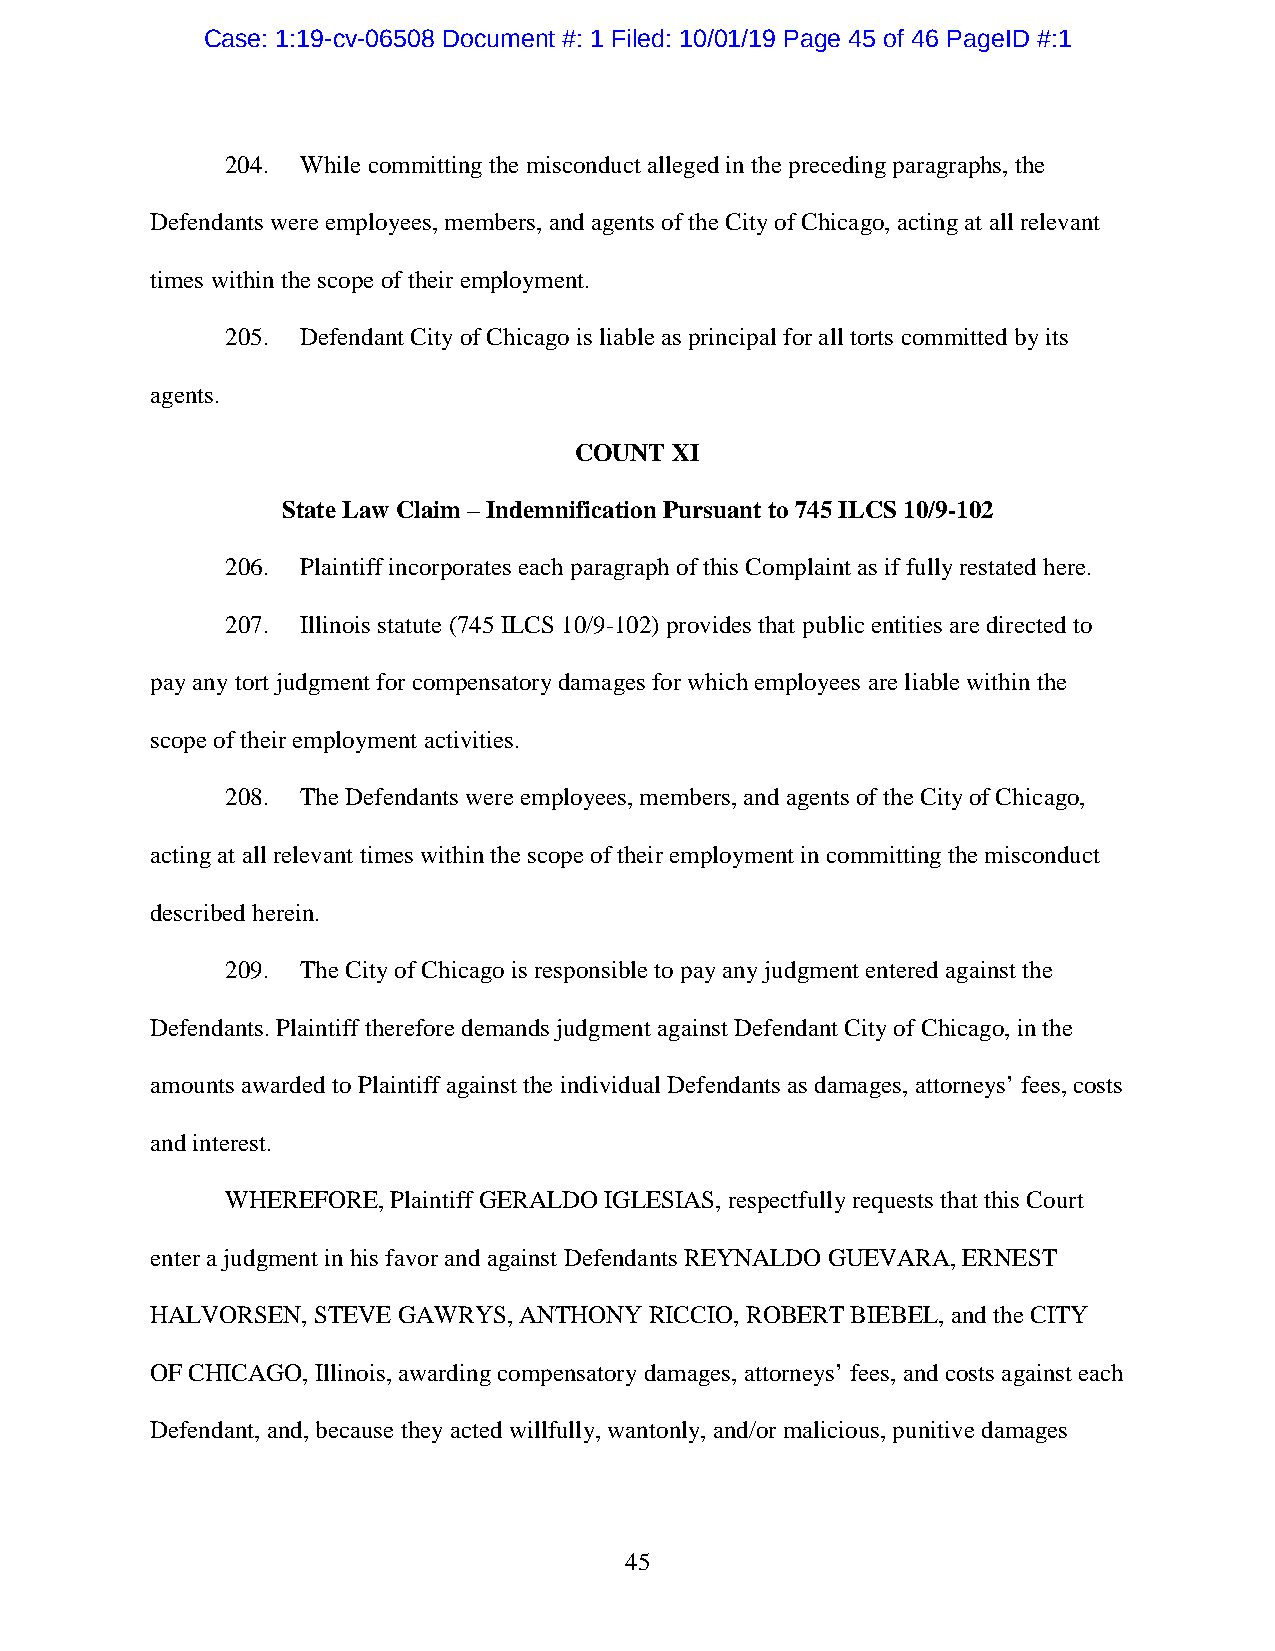
Case: 1:19-cv-06508 Document #: 1 Filed: 10/01/19 Page 45 of 46 PageID #:1
 204. While committing the misconduct alleged in the preceding paragraphs, the
 Defendants were employees, members, and agents of the City of Chicago, acting at all relevant
 times within the scope of their employment.
 205. Defendant City of Chicago is liable as principal for all torts committed by its
 agents.
 COUNT XI
 State Law Claim – Indemnification Pursuant to 745 ILCS 10/9-102
 206. Plaintiff incorporates each paragraph of this Complaint as if fully restated here.
 207. Illinois statute (745 ILCS 10/9-102) provides that public entities are directed to
 pay any tort judgment for compensatory damages for which employees are liable within the
 scope of their employment activities.
 208. The Defendants were employees, members, and agents of the City of Chicago,
 acting at all relevant times within the scope of their employment in committing the misconduct
 described herein.
 209. The City of Chicago is responsible to pay any judgment entered against the
 Defendants. Plaintiff therefore demands judgment against Defendant City of Chicago, in the
 amounts awarded to Plaintiff against the individual Defendants as damages, attorneys’ fees, costs
 and interest.
 WHEREFORE, Plaintiff GERALDO IGLESIAS, respectfully requests that this Court
 enter a judgment in his favor and against Defendants REYNALDO GUEVARA, ERNEST
 HALVORSEN, STEVE GAWRYS, ANTHONY RICCIO, ROBERT BIEBEL, and the CITY
 OF CHICAGO, Illinois, awarding compensatory damages, attorneys’ fees, and costs against each
 Defendant, and, because they acted willfully, wantonly, and/or malicious, punitive damages
 45